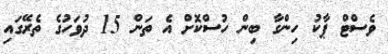
ވެސްޓް ޕާކު ހިންގާ ބިން ހުސްކޮށް އެ ތަން 15 ދުވަހުގެ ތެރޭގައި